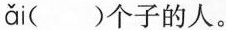
ǎi()个子的人。